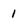
Character: 1